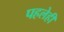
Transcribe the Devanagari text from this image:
पहलेही